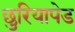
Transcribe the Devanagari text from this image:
छुरियापेड